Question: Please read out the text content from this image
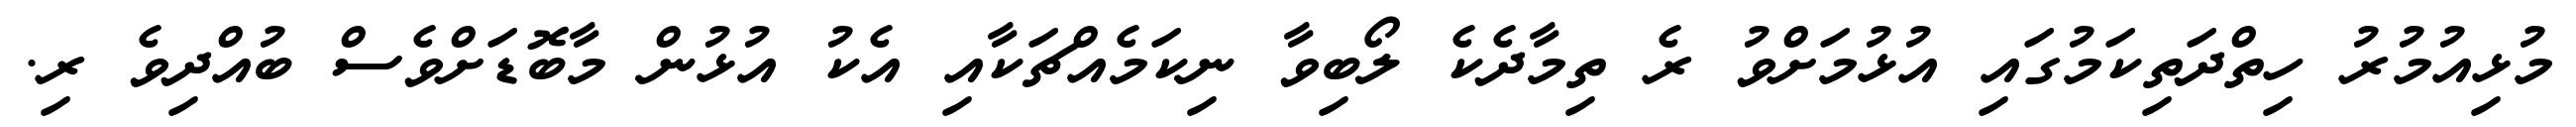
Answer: މުޅިއުމުރު ހިތްދަތިކަމުގައި އުޅުމަށްވު ރެ ތިމާދެކެ ލޯބިވާ ނިކަމެއްޗަކާއި އެކު އުޅުން މާބޮޑަށްވެސް ބުއްދިވެ ރި.